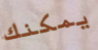
يمكنك